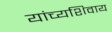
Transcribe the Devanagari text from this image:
यांच्यशिवाय